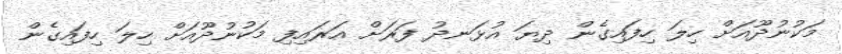
މަކުނުދޫއަށް ހިލަ ހިފައިގެން ދިޔަ އުޅަނދު ފަރަށް އަރައިފި މަކުނުދޫއަށް ހިލަ ހިފައިގެން